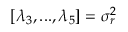
[ \lambda _ { 3 } , . . . , \lambda _ { 5 } ] = \sigma _ { r } ^ { 2 }